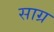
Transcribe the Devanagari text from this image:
साग्र